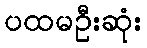
ပထမဦးဆုံး